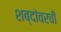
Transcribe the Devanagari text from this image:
शब्दांवरची